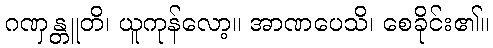
ဂဏှန္တူတိ၊ ယူကုန်လော့။ အာဏပေသိ၊ စေခိုင်း၏။